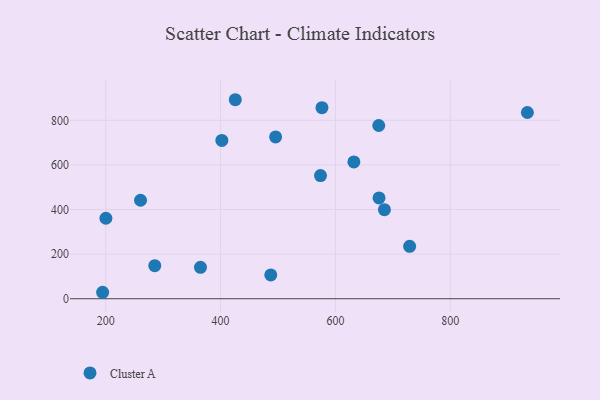
{"axis": {"x": "Engine Size", "y": "Rating"}, "legend": ["Cluster A"], "data": [{"x": "675.4", "y": 776.7, "type": "Cluster A"}, {"x": "487.4", "y": 106.9, "type": "Cluster A"}, {"x": "934.2", "y": 835.1, "type": "Cluster A"}, {"x": "576.5", "y": 856.5, "type": "Cluster A"}, {"x": "495.8", "y": 725.6, "type": "Cluster A"}, {"x": "685.3", "y": 399.5, "type": "Cluster A"}, {"x": "574.0", "y": 552.2, "type": "Cluster A"}, {"x": "285.4", "y": 148.4, "type": "Cluster A"}, {"x": "425.6", "y": 892.3, "type": "Cluster A"}, {"x": "200.3", "y": 360.9, "type": "Cluster A"}, {"x": "675.9", "y": 451.9, "type": "Cluster A"}, {"x": "365.0", "y": 140.8, "type": "Cluster A"}, {"x": "194.6", "y": 29.0, "type": "Cluster A"}, {"x": "260.6", "y": 441.5, "type": "Cluster A"}, {"x": "729.2", "y": 235.0, "type": "Cluster A"}, {"x": "632.1", "y": 613.3, "type": "Cluster A"}, {"x": "402.2", "y": 709.6, "type": "Cluster A"}]}